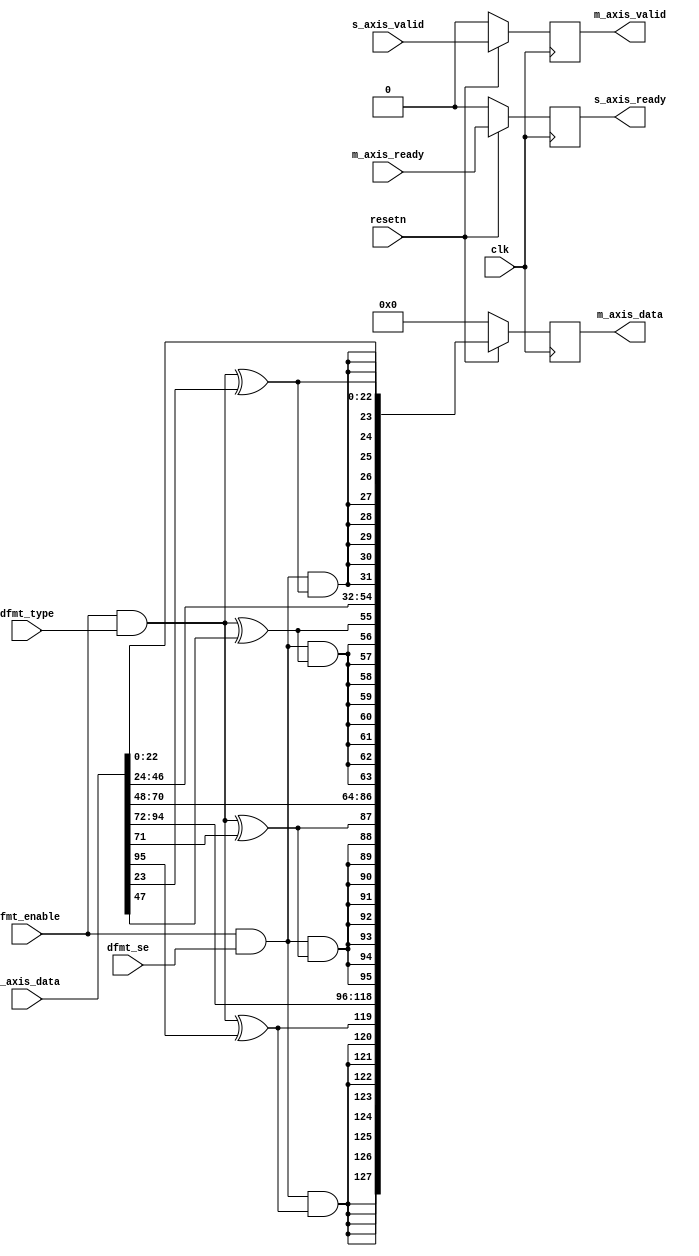
// ***************************************************************************
// ***************************************************************************
// Copyright (C) 2014-2023 Analog Devices, Inc. All rights reserved.
//
// In this HDL repository, there are many different and unique modules, consisting
// of various HDL (Verilog or VHDL) components. The individual modules are
// developed independently, and may be accompanied by separate and unique license
// terms.
//
// The user should read each of these license terms, and understand the
// freedoms and responsibilities that he or she has by using this source/core.
//
// This core is distributed in the hope that it will be useful, but WITHOUT ANY
// WARRANTY; without even the implied warranty of MERCHANTABILITY or FITNESS FOR
// A PARTICULAR PURPOSE.
//
// Redistribution and use of source or resulting binaries, with or without modification
// of this file, are permitted under one of the following two license terms:
//
//   1. The GNU General Public License version 2 as published by the
//      Free Software Foundation, which can be found in the top level directory
//      of this repository (LICENSE_GPL2), and also online at:
//      <https://www.gnu.org/licenses/old-licenses/gpl-2.0.html>
//
// OR
//
//   2. An ADI specific BSD license, which can be found in the top level directory
//      of this repository (LICENSE_ADIBSD), and also on-line at:
//      https://github.com/analogdevicesinc/hdl/blob/master/LICENSE_ADIBSD
//      This will allow to generate bit files and not release the source code,
//      as long as it attaches to an ADI device.
//
// ***************************************************************************
// ***************************************************************************
//  + A simple AXI stream data upscale module, which can be used with devices
//    with resolution which can not be aligned to a WORD (32 bits). Eg. 24 bits
//  + It has the same control interface as the ad_datafmt module, which controls
//    the data format inside a generic AXI converter core.
//  + Supports multiple channels. Contains a single register stage.

`timescale 1ns/100ps

module util_axis_upscale #(

  parameter NUM_OF_CHANNELS = 4,
  parameter DATA_WIDTH = 24,
  parameter UDATA_WIDTH = 32
) (
  input                                           clk,
  input                                           resetn,

  input                                           s_axis_valid,
  output  reg                                     s_axis_ready,
  input       [(NUM_OF_CHANNELS*DATA_WIDTH)-1:0]  s_axis_data,

  output  reg                                     m_axis_valid,
  input                                           m_axis_ready,
  output  reg [(NUM_OF_CHANNELS*UDATA_WIDTH)-1:0] m_axis_data,

  input                                           dfmt_enable,
  input                                           dfmt_type,
  input                                           dfmt_se
);

  wire                                        type_s;
  wire                                        signext_s;
  wire    [(NUM_OF_CHANNELS*UDATA_WIDTH)-1:0] data_out_s;

  localparam MSB_WIDTH = UDATA_WIDTH - DATA_WIDTH;

  assign type_s = dfmt_enable & dfmt_type;
  assign signext_s = dfmt_enable & dfmt_se;

  genvar i;
  generate
    for (i=1; i <= NUM_OF_CHANNELS; i=i+1) begin : signext_data
      wire sign_s;

      assign sign_s = signext_s & (type_s ^ s_axis_data[(i*DATA_WIDTH-1)]);
      assign data_out_s[(i*UDATA_WIDTH-1):(i*UDATA_WIDTH-MSB_WIDTH)] = {(MSB_WIDTH){sign_s}};
      assign data_out_s[((i-1)*UDATA_WIDTH+DATA_WIDTH-1)] = type_s ^ s_axis_data[(i*DATA_WIDTH-1)];
      assign data_out_s[((i-1)*UDATA_WIDTH+DATA_WIDTH-2):((i-1)*UDATA_WIDTH)] = s_axis_data[(i*DATA_WIDTH-2):((i-1)*DATA_WIDTH)];
    end
  endgenerate

  always @(posedge clk) begin
    if (resetn == 1'b0) begin
      m_axis_valid <= 1'b0;
      s_axis_ready <= 1'b0;
      m_axis_data <= {(NUM_OF_CHANNELS*UDATA_WIDTH){1'b0}};
    end else begin
      m_axis_valid <= s_axis_valid;
      s_axis_ready <= m_axis_ready;
      m_axis_data <= data_out_s;
    end
  end

endmodule